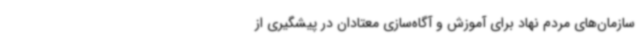
سازمان‌های مردم نهاد برای آموزش و آگاه‌سازی معتادان در پیشگیری از